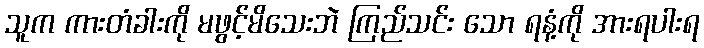
သူက ကားတံခါးကို မဖွင့်မိသေးဘဲ ကြည်သင်း သော ရနံ့ကို အားရပါးရ